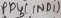
Text: PB3